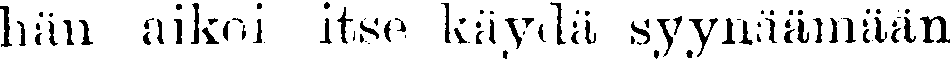
hän aikoi itse käydä syynäämään